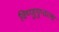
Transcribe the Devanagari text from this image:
विष्णुगुप्ताला